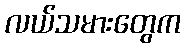
လယ်သမားတွေက